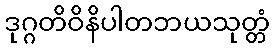
ဒုဂ္ဂတိဝိနိပါတဘယသုတ္တံ